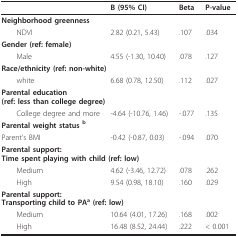
<table><thead><tr><td></td><td><b>B (95% CI)</b></td><td><b>Beta</b></td><td><b>P-value</b></td></tr></thead><tbody><tr><td colspan="3"><b>Neighborhood greenness</b></td><td></td></tr><tr><td> NDVI</td><td>2.82 (0.21, 5.43)</td><td>.107</td><td>.034</td></tr><tr><td colspan="3"><b>Gender (ref: female)</b></td><td></td></tr><tr><td> Male</td><td>4.55 (-1.30, 10.40)</td><td>.078</td><td>.127</td></tr><tr><td colspan="3"><b>Race/ethnicity (ref: non-white)</b></td><td></td></tr><tr><td> white</td><td>6.68 (0.78, 12.50)</td><td>.112</td><td>.027</td></tr><tr><td colspan="3"><b>Parental education</b><b>(ref: less than college degree)</b></td><td></td></tr><tr><td> College degree and more</td><td>-4.64 (-10.76, 1.46)</td><td>-.077</td><td>.135</td></tr><tr><td><b>Parental weight status <sup>b</sup></b></td><td></td><td></td><td></td></tr><tr><td>Parent&#x27;s BMI</td><td>-0.42 (-0.87, 0.03)</td><td>-.094</td><td>.070</td></tr><tr><td colspan="3"><b>Parental support:</b><b>Time spent playing with child (ref: low)</b></td><td></td></tr><tr><td> Medium</td><td>4.62 (-3.46, 12.72)</td><td>.078</td><td>.262</td></tr><tr><td> High</td><td>9.54 (0.98, 18.10)</td><td>.160</td><td>.029</td></tr><tr><td colspan="3"><b>Parental support:</b><b>Transporting child to PA<sup>a </sup>(ref: low)</b></td><td></td></tr><tr><td> Medium</td><td>10.64 (4.01, 17.26)</td><td>.168</td><td>.002</td></tr><tr><td> High</td><td>16.48 (8.52, 24.44)</td><td>.222</td><td>&lt; 0.001</td></tr></tbody></table>